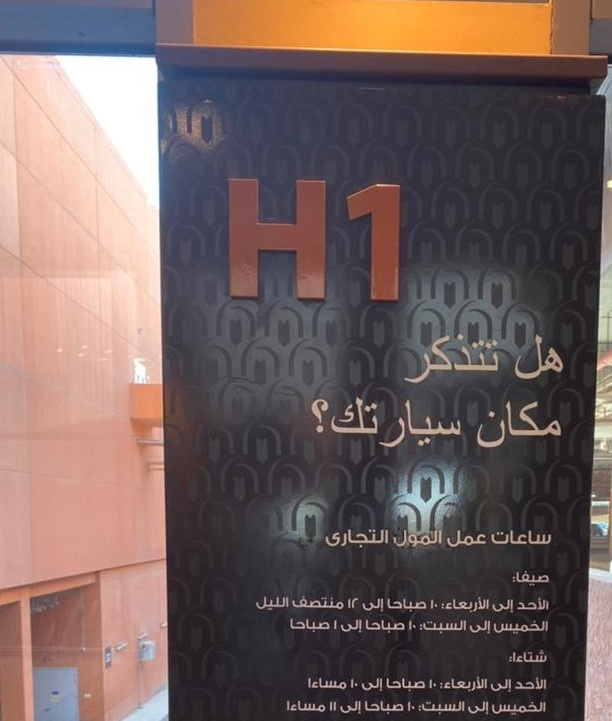
Text in image: تتذكر هل سيارتك؟ مكان ساعات التجارى عمل المول صيفا: 12 منتصف الليل 10 الأربعاء: الأحد صباحا إلى إلى صباحا 1 10 إلى صباحا الخميس السبت: إلى شتاءا: 10 الأحد الأربعاء: صباحا لإلى مساءا 10 إلى 11 10 السبت: إلى مساءا صباحا إلى الخميس H1